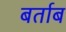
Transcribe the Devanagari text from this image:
बर्ताब